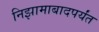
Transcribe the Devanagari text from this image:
निझामाबादपर्यंत